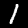
Digit: 1